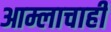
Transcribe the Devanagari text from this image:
आम्लाचाही